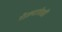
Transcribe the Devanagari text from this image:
गेल्यावेळीं